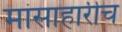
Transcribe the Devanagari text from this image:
मांसाहारीच